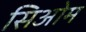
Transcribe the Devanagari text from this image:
सिओम